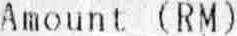
AMOUNT (RM)